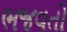
ભજવતો